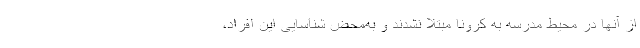
از آنها در محیط مدرسه به کرونا مبتلا نشدند و به‌محض شناسایی این افراد،